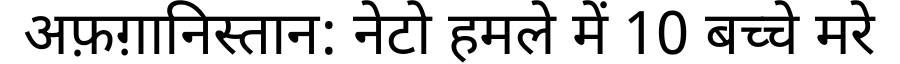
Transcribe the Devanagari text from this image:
अफ़ग़ानिस्तान: नेटो हमले में 10 बच्चे मरे